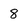
Character: 8